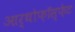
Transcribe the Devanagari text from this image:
आर्थोफ़ॉस्फ़ेट